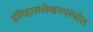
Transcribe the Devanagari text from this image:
इतिहासलेखनपरंपरेत